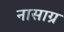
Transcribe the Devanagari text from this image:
नासाग्र